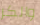
والكر